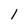
Character: l